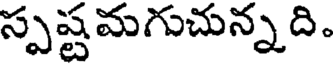
స్పష్టమగుచున్నది.